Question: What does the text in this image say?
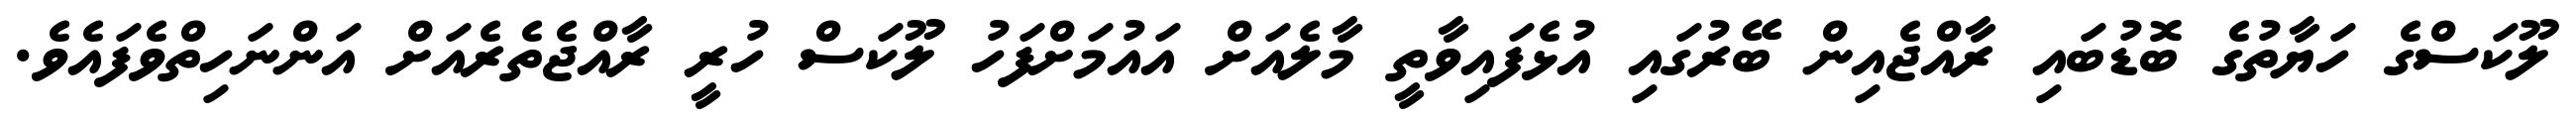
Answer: ލޫކަސްގެ ހަޔާތުގެ ބޮޑުބައި ރާއްޖެއިން ބޭރުގައި އުޅެފައިވާތީ މާލެއަށް އައުމަށްފަހު ލޫކަސް ހުރީ ރާއްޖެތެރެއަށް އަންނަހިތްވެފައެވެ.